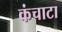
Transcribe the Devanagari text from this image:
कंचाटा